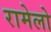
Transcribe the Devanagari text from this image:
रामेलो